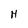
Character: H